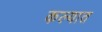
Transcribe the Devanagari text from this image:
कल्यात